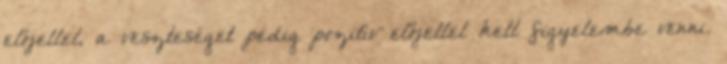
előjellel, a veszteséget pedig pozitív előjellel kell figyelembe venni.